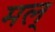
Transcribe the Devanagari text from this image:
मल्